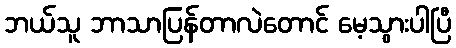
ဘယ်သူ ဘာသာပြန်တာလဲတောင် မေ့သွားပါပြီ